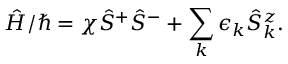
\hat { H } / \hbar = \chi \hat { S } ^ { + } \hat { S } ^ { - } + \sum _ { k } \epsilon _ { k } \hat { S } _ { k } ^ { z } .